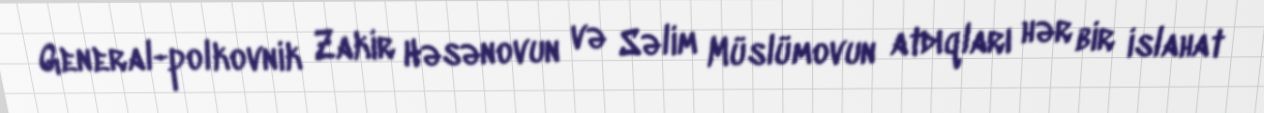
General-polkovnik Zakir Həsənovun və Səlim Müslümovun atdıqları hər bir islahat